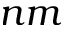
n m